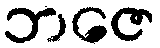
ဘဇေ